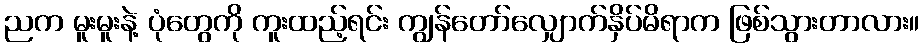
ညက မူးမူးနဲ့ ပုံတွေကို ကူးထည့်ရင်း ကျွန်တော်လျှောက်နှိပ်မိရာက ဖြစ်သွားတာလား။